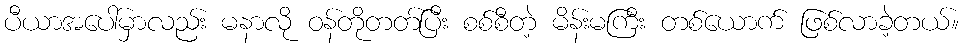
ပီယာအပေါ်မှာလည်း မနာလို ဝန်တိုတတ်ပြီး စစ်စီတဲ့ မိန်းမကြီး တစ်ယောက် ဖြစ်လာခဲ့တယ်။